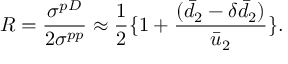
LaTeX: R = \frac { \sigma ^ { p D } } { 2 \sigma ^ { p p } } \approx \frac { 1 } { 2 } \{ 1 + \frac { ( \bar { d } _ { 2 } - \delta \bar { d } _ { 2 } ) } { \bar { u } _ { 2 } } \} .